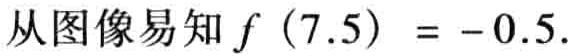
从图像易知 \(f\left(7.5\right)= - 0.5\).